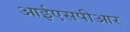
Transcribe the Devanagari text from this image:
आईएसपीआर